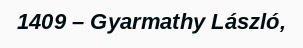
1409 – Gyarmathy László,